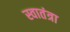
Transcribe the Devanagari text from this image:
स्वातंत्रा